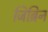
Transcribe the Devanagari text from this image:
जिब्रिन